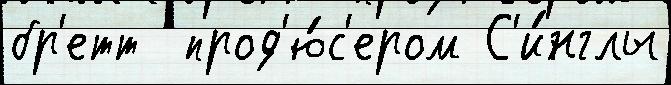
бр'етт  прод'ю́с'ером С'и́нглы